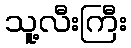
သူ့လီးကြီး